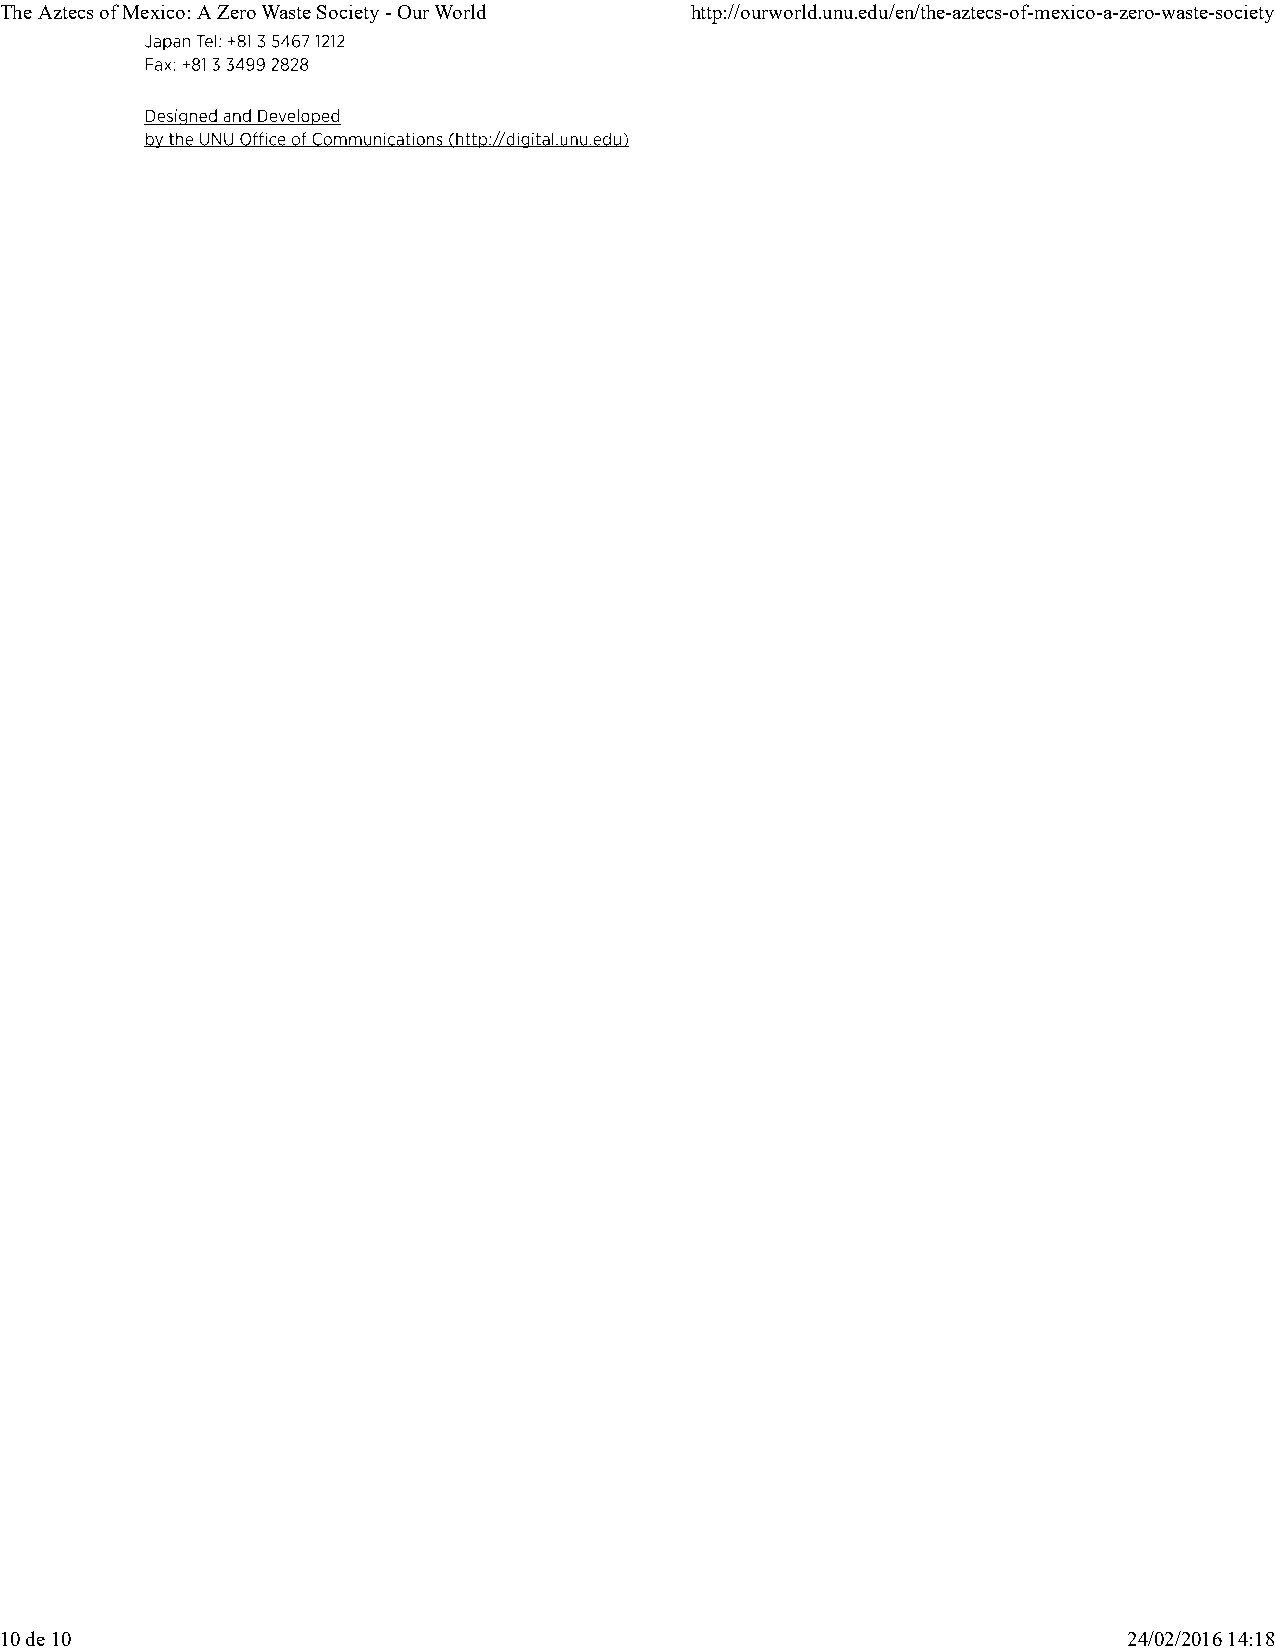
The Aztecs of Mexico: A Zero Waste Society - Our World http://ourworld.unu.edu/en/the-aztecs-of-mexico-a-zero-waste-society
 10 de 10                                                                   24/02/2016 14:18